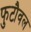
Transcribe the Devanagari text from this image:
फुटौवल